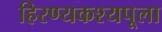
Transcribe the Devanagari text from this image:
हिरण्यकश्यपूला